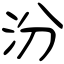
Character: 汾